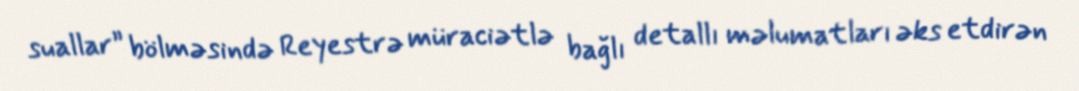
suallar” bölməsində Reyestrə müraciətlə bağlı detallı məlumatları əks etdirən